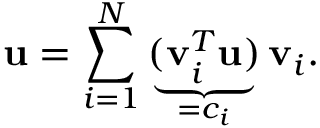
\mathbf { u } = \sum _ { i = 1 } ^ { N } \underbrace { ( \mathbf { v } _ { i } ^ { T } \mathbf { u } ) } _ { = c _ { i } } \mathbf { v } _ { i } .